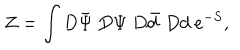
Z = \int D \bar { \Psi } ~ D \Psi ~ D \bar { d } ~ D d ~ e ^ { - S } ,